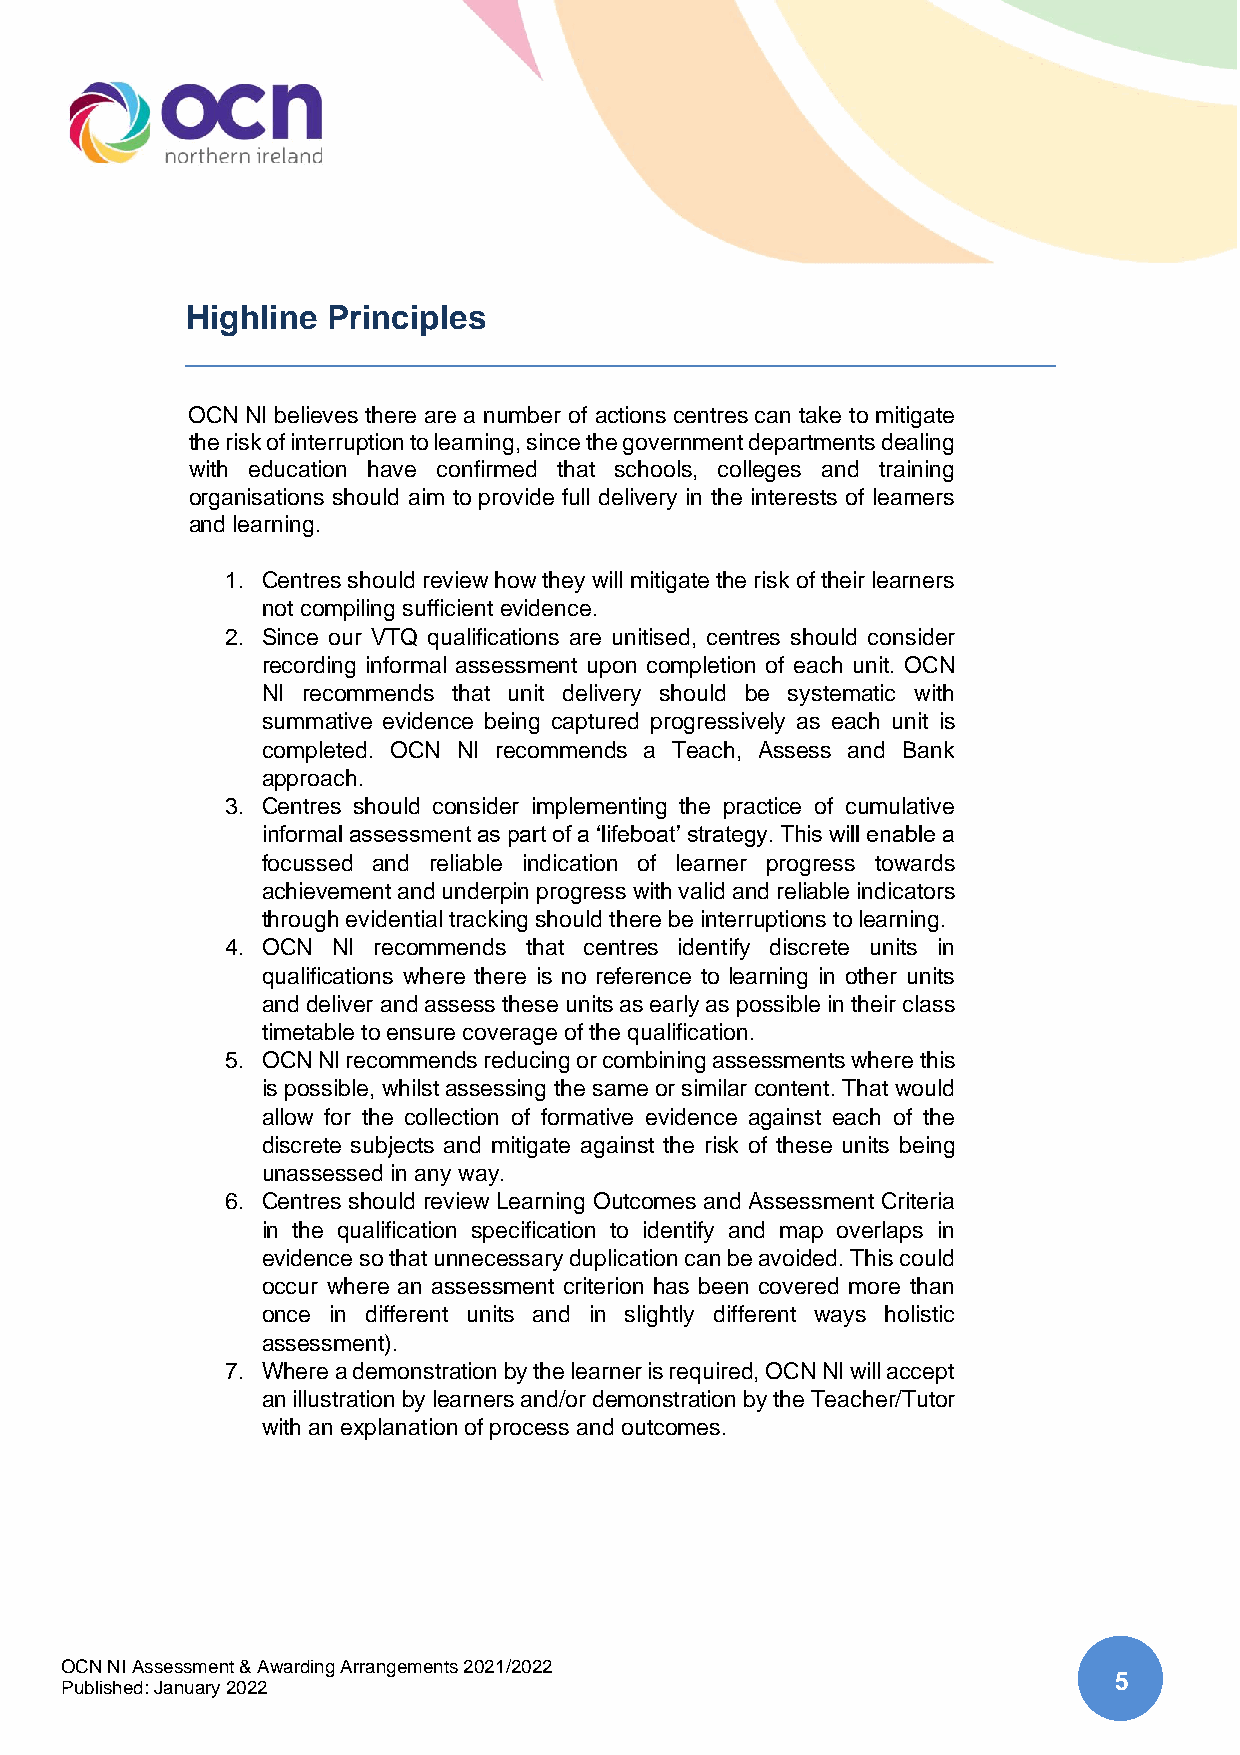
Highline  Principles
 OCN NI believes there are a number of actions centres can take to mitigate
 the risk of interruption to learning, since the government departments dealing
 with education have confirmed that schools, colleges and training
 organisations should aim to provide full delivery in the interests of learners
 and learning.
 1. Centres should review how they will mitigate the risk of their learners
 not compiling sufficient evidence.
 2. Since our VTQ qualifications are unitised, centres should consider
 recording informal assessment upon completion of each unit. OCN
 NI recommends that unit delivery should be systematic with
 summative evidence being captured progressively as each unit is
 completed. OCN NI recommends a Teach, Assess and Bank
 approach.
 3. Centres should consider implementing the practice of cumulative
 informal assessment as part of a ‘lifeboat’ strategy. This will enable a
 focussed and reliable indication of learner progress towards
 achievement and underpin progress with valid and reliable indicators
 through evidential tracking should there be interruptions to learning.
 4. OCN NI recommends that centres identify discrete units in
 qualifications where there is no reference to learning in other units
 and deliver and assess these units as early as possible in their class
 timetable to ensure coverage of the qualification.
 5. OCN NI recommends reducing or combining assessments where this
 is possible, whilst assessing the same or similar content. That would
 allow for the collection of formative evidence against each of the
 discrete subjects and mitigate against the risk of these units being
 unassessed in any way.
 6. Centres should review Learning Outcomes and Assessment Criteria
 in the qualification specification to identify and map overlaps in
 evidence so that unnecessary duplication can be avoided. This could
 occur where an assessment criterion has been covered more than
 once in different units and in slightly different ways holistic
 assessment).
 7. Where a demonstration by the learner is required, OCN NI will accept
 an illustration by learners and/or demonstration by the Teacher/Tutor
 with an explanation of process and outcomes.
 OCN NI Assessment & Awarding Arrangements 2021/2022
 5
 Published: January 2022